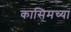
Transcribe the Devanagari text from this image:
कासिमच्या